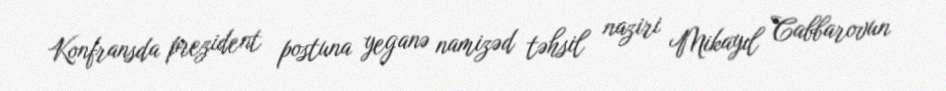
Konfransda prezident postuna yeganə namizəd təhsil naziri Mikayıl Cabbarovun